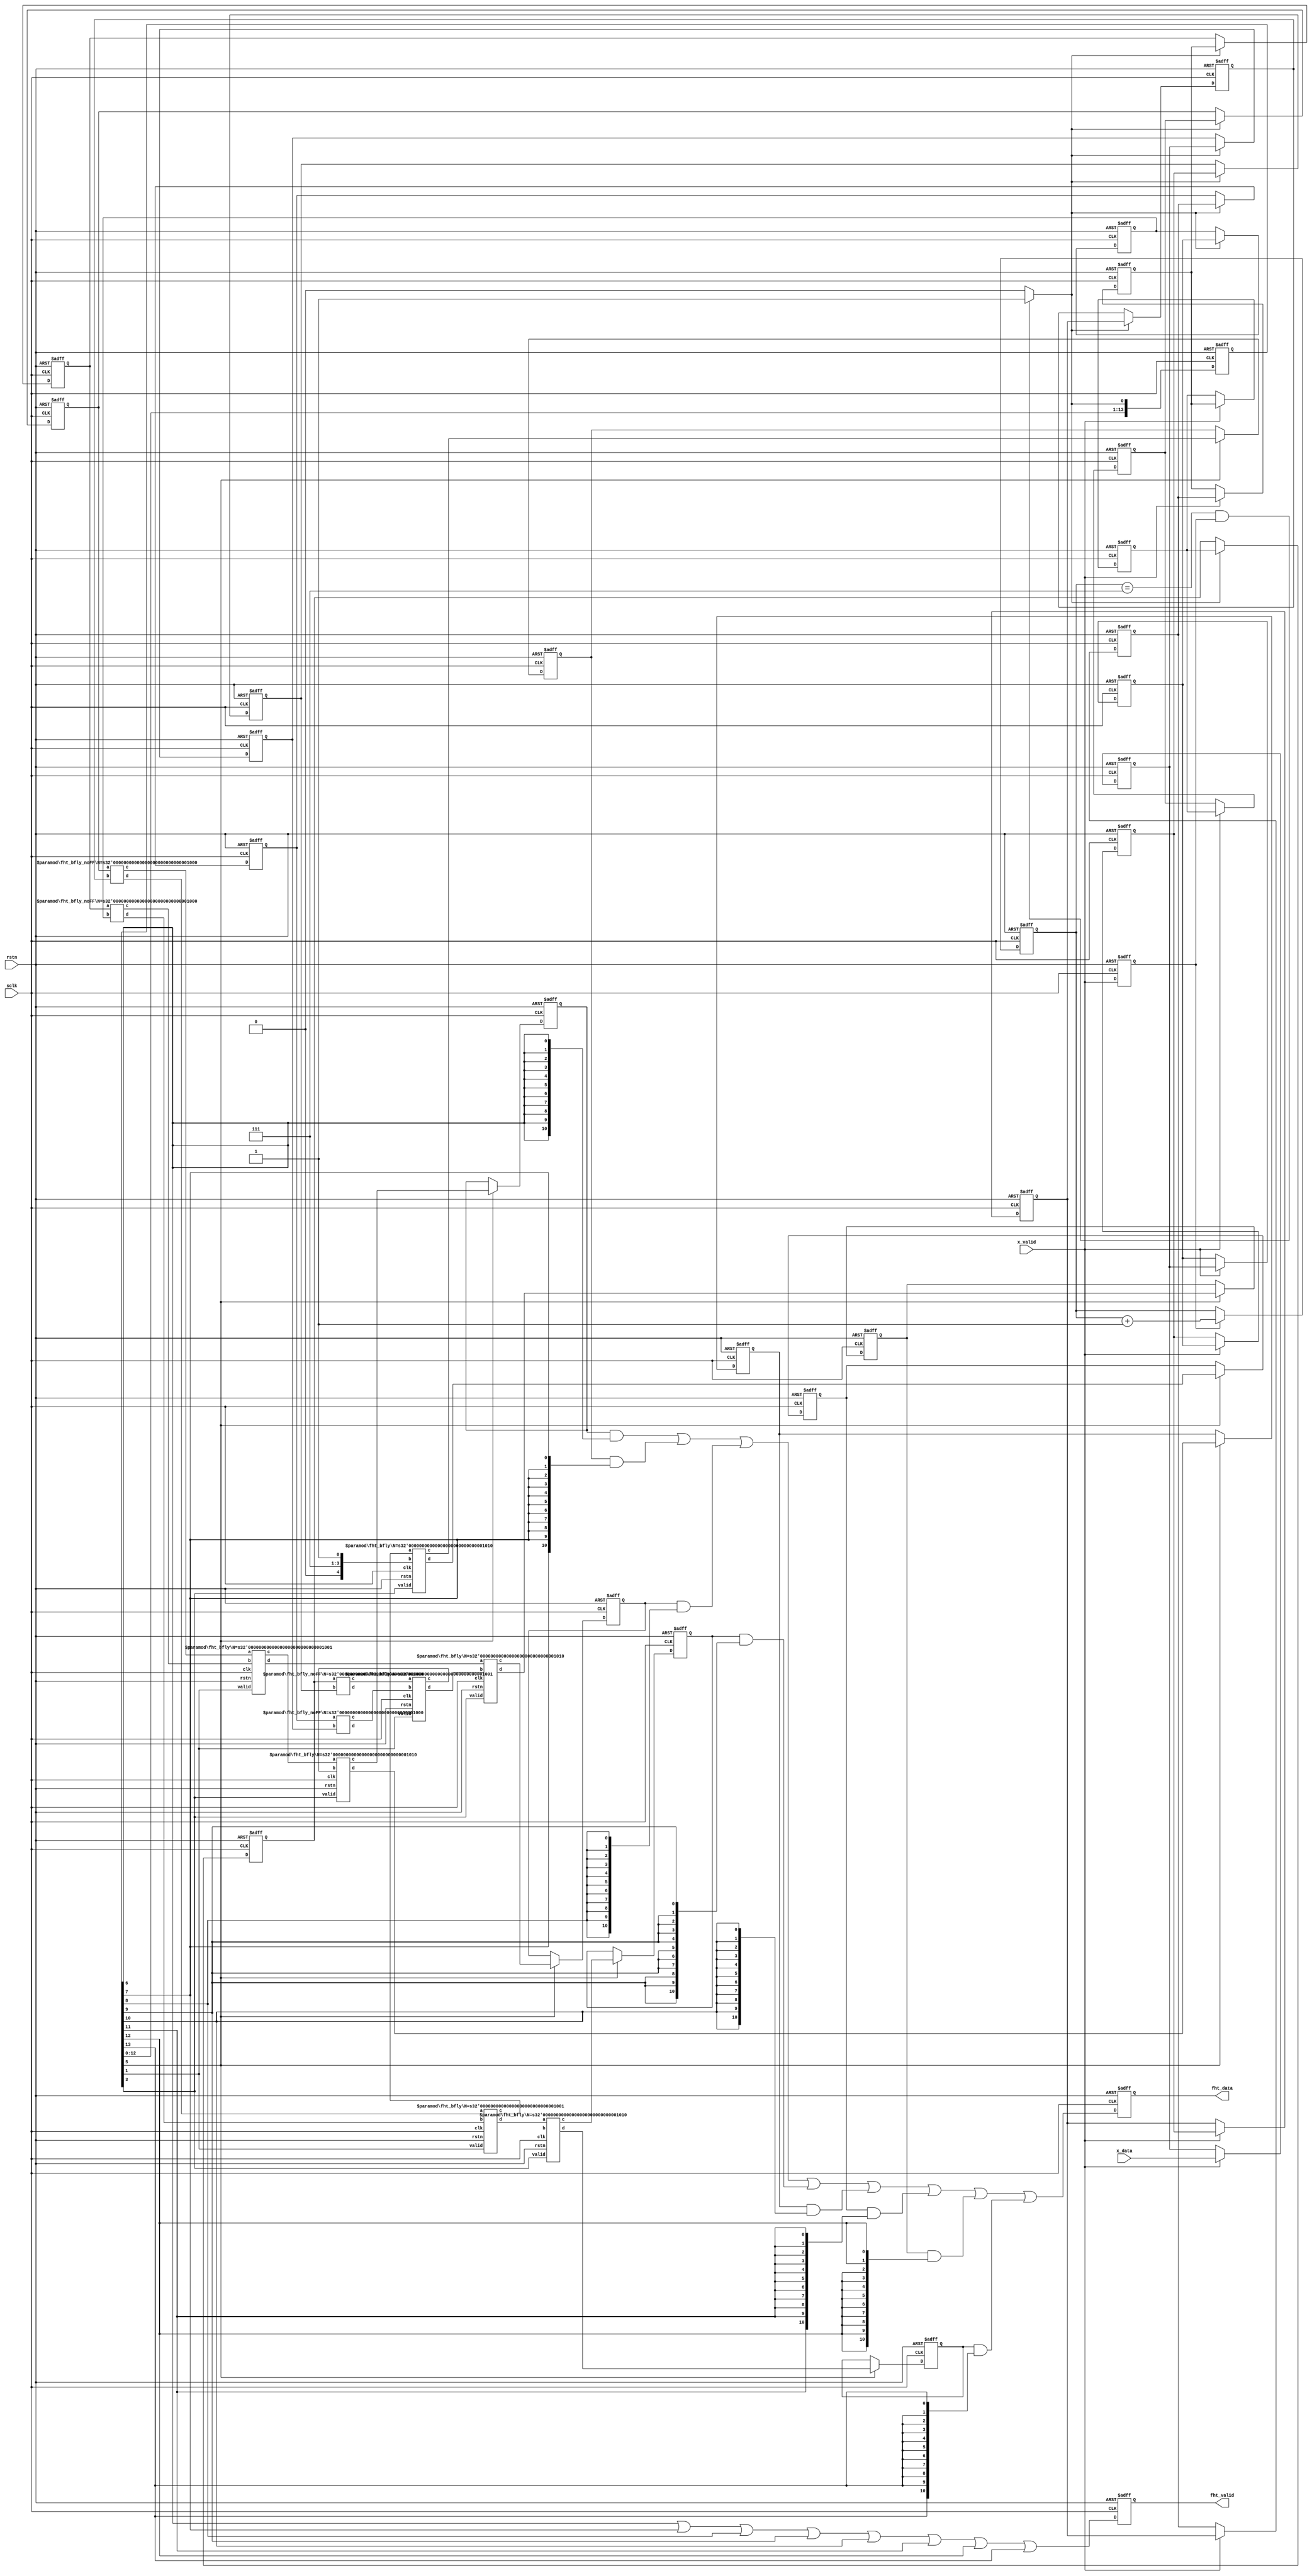
//`define USE_ASIC_MULT
//`define USE_FPGA_MULT
//`define USE_FPGA_SPSRAM
//`define USE_ASIC_SPSRAM

module fht_1d_x8(
	rstn,
	sclk,

	// input data - x0,x1,x2,x3,x4,x5,x6,x7,x0,x1...
	x_valid,
	x_data,
	
	// 1D FHT output data - h0,h1,h2,h3,h4,h5,h6,h7,h0,h1...
	fht_valid,
	fht_data

);

parameter N = 8;

input			rstn;
input			sclk;

input			x_valid;
input	[N-1:0]	x_data;

output			fht_valid;
output	[N+2:0]	fht_data;
// +++---------------------------------+++\\

// +++ Data Preparation Step Start +++ \\
// +++        - Aligning -         +++ \\
reg [N-1:0] x0,x1,x2,x3,x4,x5,x6,x7;
always @(posedge sclk or negedge rstn)
if (!rstn) begin
	x0 <= #1 0;
	x1 <= #1 0;
	x2 <= #1 0;
	x3 <= #1 0;
	x4 <= #1 0;
	x5 <= #1 0;
	x6 <= #1 0;
	x7 <= #1 0;
end
else if (x_valid) begin
	x0 <= #1 x_data;
	x1 <= #1 x0;
	x2 <= #1 x1;
	x3 <= #1 x2;
	x4 <= #1 x3;
	x5 <= #1 x4;
	x6 <= #1 x5;
	x7 <= #1 x6;
end

reg x_valid_1d;
always @(posedge sclk or negedge rstn)
if	(!rstn)	x_valid_1d <= #1 0;
else		x_valid_1d <= #1 x_valid;

wire xi_ready;

reg [2:0] cnt;
always @(posedge sclk or negedge rstn)
if		(!rstn)			cnt <= #1 0;
else if (x_valid_1d)	cnt <= #1 cnt + 1;

assign xi_ready = (cnt == 7 && x_valid_1d) ? 1'b1 : 1'b0;

// at the ready time aligned and reversed
reg [N-1:0] x0_FF,x1_FF,x2_FF,x3_FF,x4_FF,x5_FF,x6_FF,x7_FF;
always @(posedge sclk or negedge rstn)
if (!rstn) begin
	x0_FF <= #1 0;
	x1_FF <= #1 0;
	x2_FF <= #1 0;
	x3_FF <= #1 0;
	x4_FF <= #1 0;
	x5_FF <= #1 0;
	x6_FF <= #1 0;
	x7_FF <= #1 0;
end
else if (xi_ready) begin
	x0_FF <= #1 x7;
	x1_FF <= #1 x6;
	x2_FF <= #1 x5;
	x3_FF <= #1 x4;
	x4_FF <= #1 x3;
	x5_FF <= #1 x2;
	x6_FF <= #1 x1;
	x7_FF <= #1 x0;
end
// +++ Data Preparation Step Finish +++ //

// delay for ... clocks to provide timing requirements
reg [13:0] xi_ready_d;
always @(posedge sclk or negedge rstn)
if (!rstn)	xi_ready_d[13:0] <= #1 0;
else		xi_ready_d[13:0] <= #1 {xi_ready_d[12:0],xi_ready};

// 1D Fast Hartley Transform - Decimation-in-Frequency Algorithm

// Butterfly Stage N1
// Data input [N-1:0] = N bits
// On the output of the 1st bfly is [N:0] = N+1 bits

// <<<--------- Butterfly Stage N1
wire [N:0] stg1_sum1;
wire [N:0] stg1_sum2;
wire [N:0] stg1_sum3;
wire [N:0] stg1_sum4;

wire [N:0] stg1_sub1;
wire [N:0] stg1_sub2;
wire [N:0] stg1_sub3;
wire [N:0] stg1_sub4;

fht_bfly_noFF #(N) u11_fht_bfly ({x0_FF},{x4_FF},stg1_sum1,stg1_sub1);
fht_bfly_noFF #(N) u12_fht_bfly ({x1_FF},{x5_FF},stg1_sum2,stg1_sub2);
fht_bfly_noFF #(N) u13_fht_bfly ({x2_FF},{x6_FF},stg1_sum3,stg1_sub3);
fht_bfly_noFF #(N) u14_fht_bfly ({x3_FF},{x7_FF},stg1_sum4,stg1_sub4);

// <<<--------- Butterfly Stage N2
wire [N+1:0] stg2_sum1;
wire [N+1:0] stg2_sum2;
wire [N+1:0] stg2_sum3;

wire [N+1:0] stg2_sub1;
wire [N+1:0] stg2_sub2;
wire [N+1:0] stg2_sub3;

fht_bfly #(N+1) u21_fht_bfly (rstn,sclk,xi_ready_d[1],stg1_sum1,stg1_sum3,stg2_sum1,stg2_sub1);
fht_bfly #(N+1) u22_fht_bfly (rstn,sclk,xi_ready_d[1],stg1_sum2,stg1_sum4,stg2_sum2,stg2_sub2);
fht_bfly #(N+1) u23_fht_bfly (rstn,sclk,xi_ready_d[1],stg1_sub1,stg1_sub3,stg2_sum3,stg2_sub3);

// Multiplier on the 2nd Stage
wire [N:0] mult_dat_1;
wire [N:0] mult_dat_2;
assign mult_dat_1 = stg1_sub2;
assign mult_dat_2 = stg1_sub4;

wire [N+1:0] mult_res1;
wire [N+1:0] mult_res2;

`ifdef USE_ASIC_MULT
	signed_mult_const_asic #(N+1) u_mult_1_fht (rstn,sclk,xi_ready_d[1],mult_dat_1,mult_res1);
	signed_mult_const_asic #(N+1) u_mult_2_fht (rstn,sclk,xi_ready_d[1],mult_dat_2,mult_res2);
`elsif USE_FPGA_MULT
	signed_mult_const_fpga #(N+1) u_mult_1_fht (rstn,sclk,xi_ready_d[1],mult_dat_1,mult_res1);
	signed_mult_const_fpga #(N+1) u_mult_2_fht (rstn,sclk,xi_ready_d[1],mult_dat_2,mult_res2);
`endif

// <<<--------- Butterfly Stage N3
wire [N+2:0] stg3_sum1;
wire [N+2:0] stg3_sum2;
wire [N+2:0] stg3_sum3;
wire [N+2:0] stg3_sum4;

wire [N+2:0] stg3_sub1;
wire [N+2:0] stg3_sub2;
wire [N+2:0] stg3_sub3;
wire [N+2:0] stg3_sub4;

fht_bfly #(N+2) u31_fht_bfly (rstn,sclk,xi_ready_d[3],stg2_sum1,stg2_sum2,stg3_sum1,stg3_sub1);
fht_bfly #(N+2) u32_fht_bfly (rstn,sclk,xi_ready_d[3],stg2_sub1,stg2_sub2,stg3_sum2,stg3_sub2);
fht_bfly #(N+2) u33_fht_bfly (rstn,sclk,xi_ready_d[3],stg2_sum3,mult_res1,stg3_sum3,stg3_sub3);
fht_bfly #(N+2) u34_fht_bfly (rstn,sclk,xi_ready_d[3],stg2_sub3,mult_res2,stg3_sum4,stg3_sub4);

// <<<--------- FHT Result
reg [N+2:0] h0_FF,h1_FF,h2_FF,h3_FF,h4_FF,h5_FF,h6_FF,h7_FF;
always @(posedge sclk or negedge rstn)
if (!rstn) begin
	h0_FF <= #1 0;
	h4_FF <= #1 0;
	h2_FF <= #1 0;
	h6_FF <= #1 0;
	h1_FF <= #1 0;
	h5_FF <= #1 0;
	h3_FF <= #1 0;
	h7_FF <= #1 0;
end
else if (xi_ready_d[5]) begin
	h0_FF <= #1 stg3_sum1;
	h4_FF <= #1 stg3_sub1;
	h2_FF <= #1 stg3_sum2;
	h6_FF <= #1 stg3_sub2;
	h1_FF <= #1 stg3_sum3;
	h5_FF <= #1 stg3_sub3;
	h3_FF <= #1 stg3_sum4;
	h7_FF <= #1 stg3_sub4;
end

assign h0_valid = xi_ready_d[6];
assign h1_valid = xi_ready_d[7];
assign h2_valid = xi_ready_d[8];
assign h3_valid = xi_ready_d[9];
assign h4_valid = xi_ready_d[10];
assign h5_valid = xi_ready_d[11];
assign h6_valid = xi_ready_d[12];
assign h7_valid = xi_ready_d[13];

wire	fht_valid_or;
assign	fht_valid_or =	h0_valid |
						h1_valid |
						h2_valid |
						h3_valid |
						h4_valid |
						h5_valid |
						h6_valid |
						h7_valid ;

wire [N+2:0] h_or_data;
assign h_or_data =	
				(h0_FF & {N+3{h0_valid}}) |
				(h1_FF & {N+3{h1_valid}}) |
				(h2_FF & {N+3{h2_valid}}) |
				(h3_FF & {N+3{h3_valid}}) |
				(h4_FF & {N+3{h4_valid}}) |
				(h5_FF & {N+3{h5_valid}}) |
				(h6_FF & {N+3{h6_valid}}) |
				(h7_FF & {N+3{h7_valid}}) ;

reg	[N+2:0]	fht_data;
reg			fht_valid;

always @(posedge sclk or negedge rstn)
if (!rstn)	fht_valid <= #1 0;
else		fht_valid <= #1 fht_valid_or;

always @(posedge sclk or negedge rstn)
if (!rstn)	fht_data <= #1 0;
else		fht_data <= #1 h_or_data;

endmodule
module fht_bfly(
	rstn,
	clk,
	valid,
	a,
	b,
	c,
	d
);

parameter N = 8;

input			rstn;
input			clk;

input			valid;

input	[N-1:0]	a; // input
input	[N-1:0]	b; // input

output	[N  :0]	c; // additive output
output	[N  :0]	d; // subtractive output

reg [N-1:0] a_FF;
always @(posedge clk)
if		(!rstn)	a_FF <= #1 0;
else if (valid)	a_FF <= #1 a;

reg [N-1:0] b_FF;
always @(posedge clk)
if		(!rstn) b_FF <= #1 0;
else if (valid)	b_FF <= #1 b;

assign c = rca_N(a_FF,b_FF);
assign d = rca_N(a_FF,twos_complement(b_FF));

// +--------------------------------------------------+ \\
// +----------- Function's Description Part ----------+ \\
// +--------------------------------------------------+ \\
// Full Adder
	function [1:0] full_adder;
	input a, b, ci;
	reg co, s;
	begin
		s  = (a ^ b ^ ci);
		co = (a & b) | (ci & (a ^ b));
		full_adder = {co,s};
	end
	endfunction

// Half Adder, i.e. without carry in
	function [1:0] half_adder;
	input a, b;
	reg co, s;
	begin
		s  = (a ^ b);
		co = (a & b);
		half_adder = {co,s};
	end
	endfunction

// Ripple Carry Adder - rca
// Input  vector = N     bits
// Output vector = N + 1 bits
	function [N:0] rca_N;

//	parameter N = 8;
	input [N-1:0] a;
	input [N-1:0] b;
	
	reg [N-1:0] co,sum;
		
		begin : RCA // RIPPLE_CARRY_ADDER
        	integer i;
        	//for (i = 0; i <= N; i = i + 1)
        	for (i = 0; i < N; i = i + 1)
            	if (i == 0)
					{co[i],sum[i]} = half_adder(a[i],b[i]);
				else
					{co[i],sum[i]} = full_adder(a[i],b[i],co[i-1]);

		rca_N[N-1:0] = sum;
		// MSB is a sign bit
		rca_N[N] = (a[N-1]==b[N-1]) ? co[N-1] : sum[N-1];
		end
	endfunction


	function [N-1:0] twos_complement;
	input [N-1:0] a;
  	reg [N-1:0] ainv;
  	reg [N:0] plus1;
	begin
		ainv  = ~a;
		plus1 = rca_N(ainv,{{N-1{1'b0}},1'b1});
	
		// pragma coverage block = off
		// synopsys translate_off
		// The only problem is absolute minumum negative value
		if (a == {1'b1, {N-1{1'b0}}})
			$display("--->>> 2's complement ERROR - absolute minimum negative value: %0b\n\t %m",a);
		// synopsys translate_on
		// pragma coverage block = on
		
		twos_complement = plus1[N-1:0];
	end
	endfunction

endmodule
module fht_bfly_noFF(
	a,
	b,
	c,
	d
);

parameter N = 8;

input	[N-1:0]	a; // input
input	[N-1:0]	b; // input

output	[N  :0]	c; // additive output
output	[N  :0]	d; // subtractive output

assign c = rca_N(a,b);
assign d = rca_N(a,twos_complement(b));

// +--------------------------------------------------+ \\
// +----------- Function's Description Part ----------+ \\
// +--------------------------------------------------+ \\
// Full Adder
	function [1:0] full_adder;
	input a, b, ci;
	reg co, s;
	begin
		s  = (a ^ b ^ ci);
		co = (a & b) | (ci & (a ^ b));
		full_adder = {co,s};
	end
	endfunction

// Half Adder, i.e. without carry in
	function [1:0] half_adder;
	input a, b;
	reg co, s;
	begin
		s  = (a ^ b);
		co = (a & b);
		half_adder = {co,s};
	end
	endfunction

// Ripple Carry Adder - rca
// Input  vector = N     bits
// Output vector = N + 1 bits
	function [N:0] rca_N;

//	parameter N = 8;
	input [N-1:0] a;
	input [N-1:0] b;
	
	reg [N-1:0] co,sum;
		
		begin : RCA // RIPPLE CARRY ADDER
        	integer i;
        	//for (i = 0; i <= N; i = i + 1)
        	for (i = 0; i < N; i = i + 1)
            	if (i == 0)
					{co[i],sum[i]} = half_adder(a[i],b[i]);
				else
					{co[i],sum[i]} = full_adder(a[i],b[i],co[i-1]);

		rca_N[N-1:0] = sum;
		// MSB is a sign bit
		rca_N[N] = (a[N-1]==b[N-1]) ? co[N-1] : sum[N-1];
		end
	endfunction


	function [N-1:0] twos_complement;
	input [N-1:0] a;
  	reg [N-1:0] ainv;
  	reg [N:0] plus1;
	begin
		ainv  = ~a;
		plus1 = rca_N(ainv,{{N-1{1'b0}},1'b1});
	
		// pragma coverage block = off
		// synopsys translate_off
		// The only problem is absolute minumum negative value
		if (a == {1'b1, {N-1{1'b0}}})
			$display("--->>> 2's complement ERROR - absolute minimum negative value: %0b\n\t %m",a);
		// synopsys translate_on
		// pragma coverage block = on
		
		twos_complement = plus1[N-1:0];
	end
	endfunction

endmodule